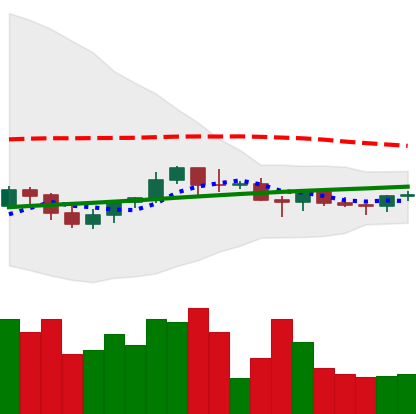
Ticker: BNB-USD
Chart end date: 2021-06-14
Forward return: -8.97%
Label: down_7plus